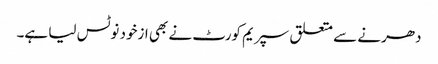
دھرنے سے متعلق سپریم کورٹ نے بھی ازخود نوٹس لیا ہے۔